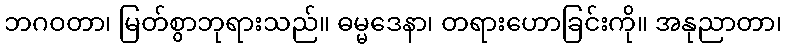
ဘဂဝတာ၊ မြတ်စွာဘုရားသည်။ ဓမ္မဒေနာ၊ တရားဟောခြင်းကို။ အနုညာတာ၊